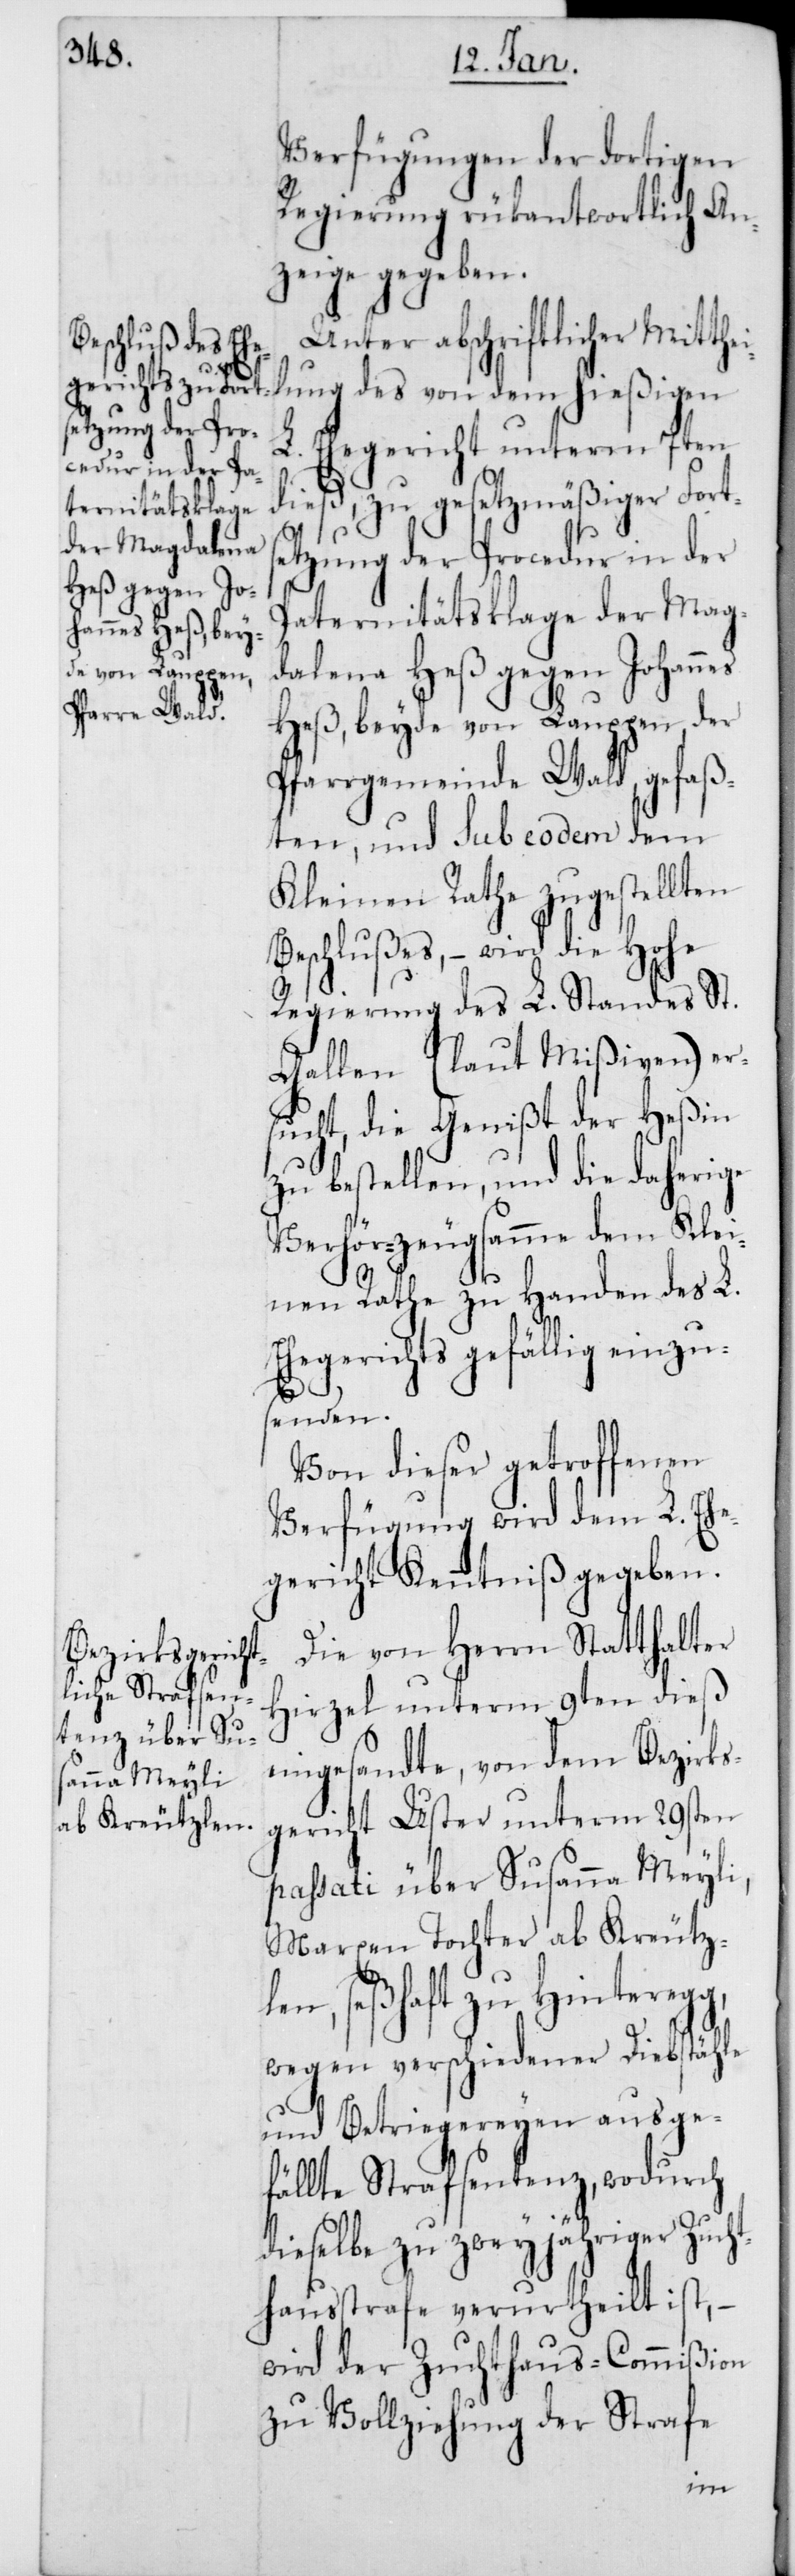
Verfügungen der dortigen
Regierung rükantwortlich An¬
zeige gegeben.
Unter abschriftlicher Mitth¬
ung des von dem hießigen
Ehegericht unterm 7ten
dieß, zu gesetzmäßiger Fort¬
etzung der Procedur in der
Paternitätsklage der Mag¬
dalena Heß gegen Johanes
Heß, beyde von Lauppen der
Pfarrgemeinde Wald, gefaß¬
ten, und sub eodem dem
Kleinen Rathe zugestellten
Beschlußes, – wird die Hohe
Regierung des L. Standes St.
Gallen (laut Mißiven) er¬
sucht, die Genißt der Heßin
zu bestellen, und die daherige
Verhörzeugsamme dem Klei¬
nen Rathe zu Handen des L.
Ehegerichts gefällig einzu¬
senden.
Von dieser getroffenen
Verfügung wird dem L. Ehe¬
gericht Kenntniß gegeben.
Die von Herrn Statthalter
Hirzel unterm 9ten dieß
eingesandte, von dem Bezirks¬
gericht Uster unterm 29sten
passati über Susanna Meyli,
Marxen Tochter ab Kreutz¬
len, seßhaft zu Hinteregg,
wegen verschiedener Diebstähle
und Betriegereyen ausge¬
fällte Strafsentenz, wodurch
dieselbe zu zweyjähriger Zucht¬
hausstrafe verurtheilt ist, –
wird der Zuchthaus-Commißion
zu Vollziehung der Strafe
s¬